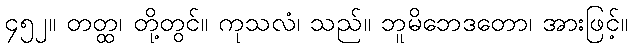
၄၅၂။ တတ္ထ၊ တို့တွင်။ ကုသလံ၊ သည်။ ဘူမိဘေဒတော၊ အားဖြင့်။